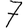
Digit: 7